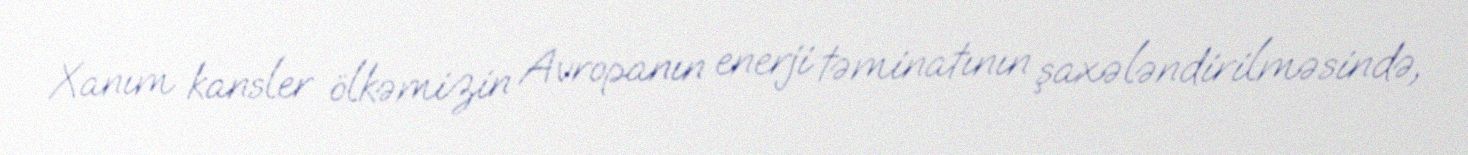
Xanım kansler ölkəmizin Avropanın enerji təminatının şaxələndirilməsində,